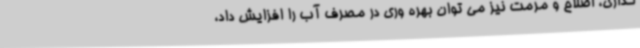
گذاری، اصلاح و مرمت نیز می توان بهره وری در مصرف آب را افزایش داد،